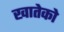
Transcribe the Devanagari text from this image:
खातेको